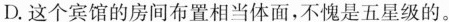
D.这个宾馆的房间布置相当体面，不愧是五星级的。